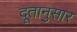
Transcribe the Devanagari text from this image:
दूतानुसार